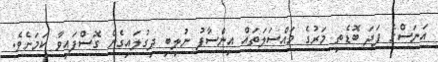
އަނަސްގެ ފަދަ ބޮޑެތި މަރުގެ މައްސަލަތައް އިންސާފު ނުލިބި ދިގުލައިގެން ގޮސްފައިވާ ކަމަށެވެ.